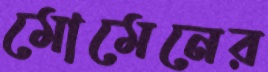
মোমেনের